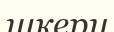
шкеру